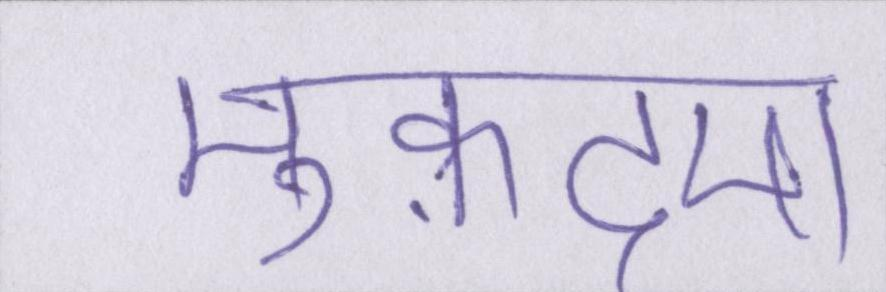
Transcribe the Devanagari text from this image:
मुक़दमा